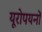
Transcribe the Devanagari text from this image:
यूरोपयनों